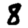
Digit: 8